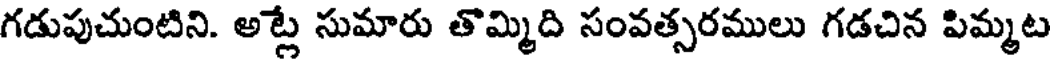
గడుపుచుంటిని. అట్ల సుమారు తొమ్మిది సంవత్సరములు గడచిన పిమ్మట